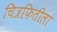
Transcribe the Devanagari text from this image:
चित्रफितीला